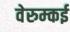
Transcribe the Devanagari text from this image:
वेरुम्कई